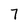
Character: 7